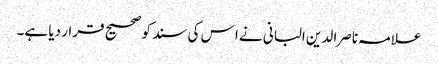
علامہ ناصرا لدین البانی نے ا س کی سند کو صحیح قرار دیا ہے۔